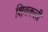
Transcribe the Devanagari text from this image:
शिवकली